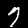
Label: 7